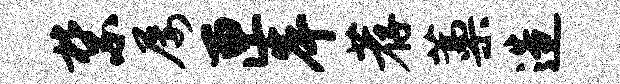
禁屡匣岸荐藁造